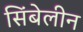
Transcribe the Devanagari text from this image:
सिंबेलीन